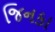
જિનકા